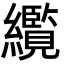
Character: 䌫